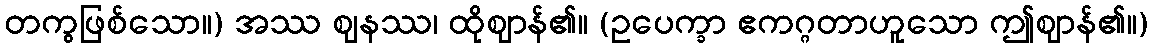
တကွဖြစ်သော။) အဿ ဈနဿ၊ ထိုဈာန်၏။ (ဥပေက္ခာ ဧကဂ္ဂတာဟူသော ဤဈာန်၏။)